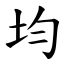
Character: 均